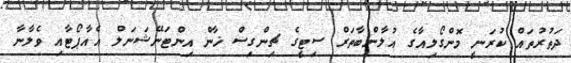
ދަތުރުތައް ކުރަނީ މޮންގޯލިއާގެ އުލާންބާތަރް ސިޓީގެ ޗިންގިސް ޚާން އިންޓަނޭޝަނަލް އެއާޕޯޓާއި ވެލާނާ